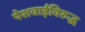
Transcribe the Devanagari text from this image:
पेशवाईविरुद्ध